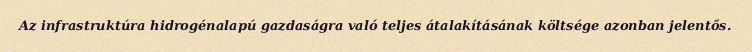
Az infrastruktúra hidrogénalapú gazdaságra való teljes átalakításának költsége azonban jelentős.